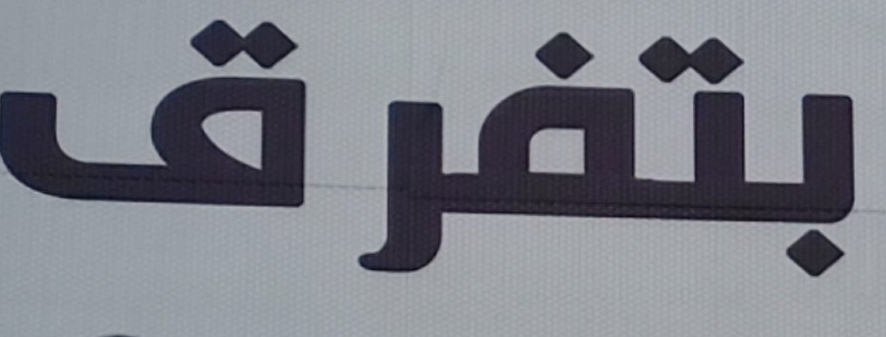
بتفرق